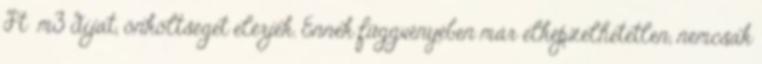
Ft m3 díjat, önköltséget elérjék. Ennek függvényében már elképzelhetetlen, nemcsak